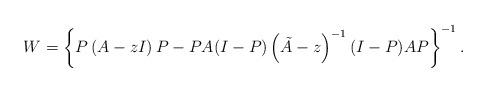
LaTeX: \begin{align*}W=\left\{ P\left( A-zI \right)P-PA(I-P)\left( \tilde{A}-z \right)^{-1}(I-P)AP \right\}^{-1}.\end{align*}